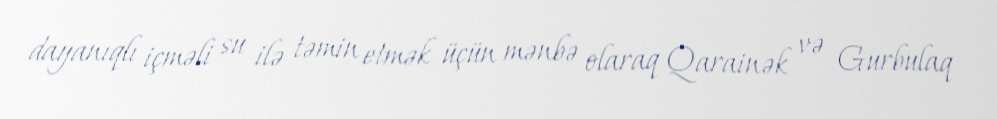
dayanıqlı içməli su ilə təmin etmək üçün mənbə olaraq Qarainək və Gurbulaq